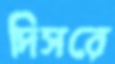
দিসরে